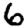
Digit: 6